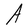
Character: A